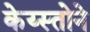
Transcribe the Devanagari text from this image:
केय्स्तोने